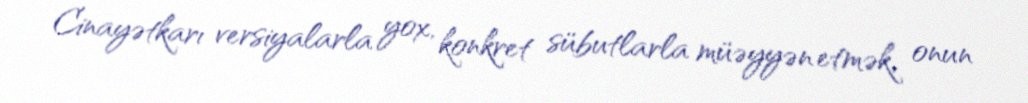
Cinayətkarı versiyalarla yox, konkret sübutlarla müəyyən etmək, onun